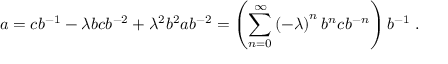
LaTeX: a = c b ^ { - 1 } - \lambda b c b ^ { - 2 } + \lambda ^ { 2 } b ^ { 2 } a b ^ { - 2 } = \left( \sum _ { n = 0 } ^ { \infty } \left( - \lambda \right) ^ { n } b ^ { n } c b ^ { - n } \right) b ^ { - 1 } \; .